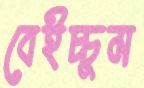
বেইচ্চুম